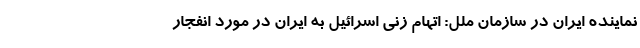
نماینده ایران در سازمان ملل: اتهام زنی اسرائیل به ایران در مورد انفجار